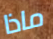
ماذا